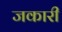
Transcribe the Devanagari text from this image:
जकारी